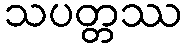
သပတ္တဿ